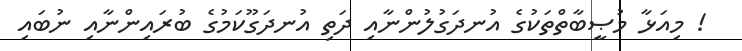
! މިއަޅާ މުޞީބާތްތަކުގެ އުނދަގުލުންނާއި ދަތި އުނދަގޫކަމުގެ ބުރައިންނާއި ނުބައި